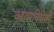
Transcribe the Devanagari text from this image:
आत्मविद्येशी